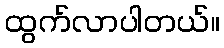
ထွက်လာပါတယ်။